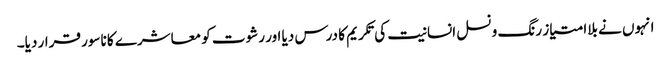
انہوں نے بلاامتیاز رنگ و نسل انسانیت کی تکریم کا درس دیا اور رشوت کو معاشرے کا ناسور قرار دیا۔